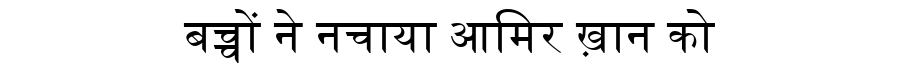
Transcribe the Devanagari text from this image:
बच्चों ने नचाया आमिर ख़ान को